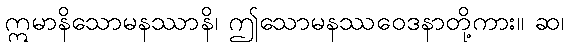
ဣမာနိသောမနဿာနိ၊ ဤသောမနဿဝေဒနာတို့ကား။ ဆ၊